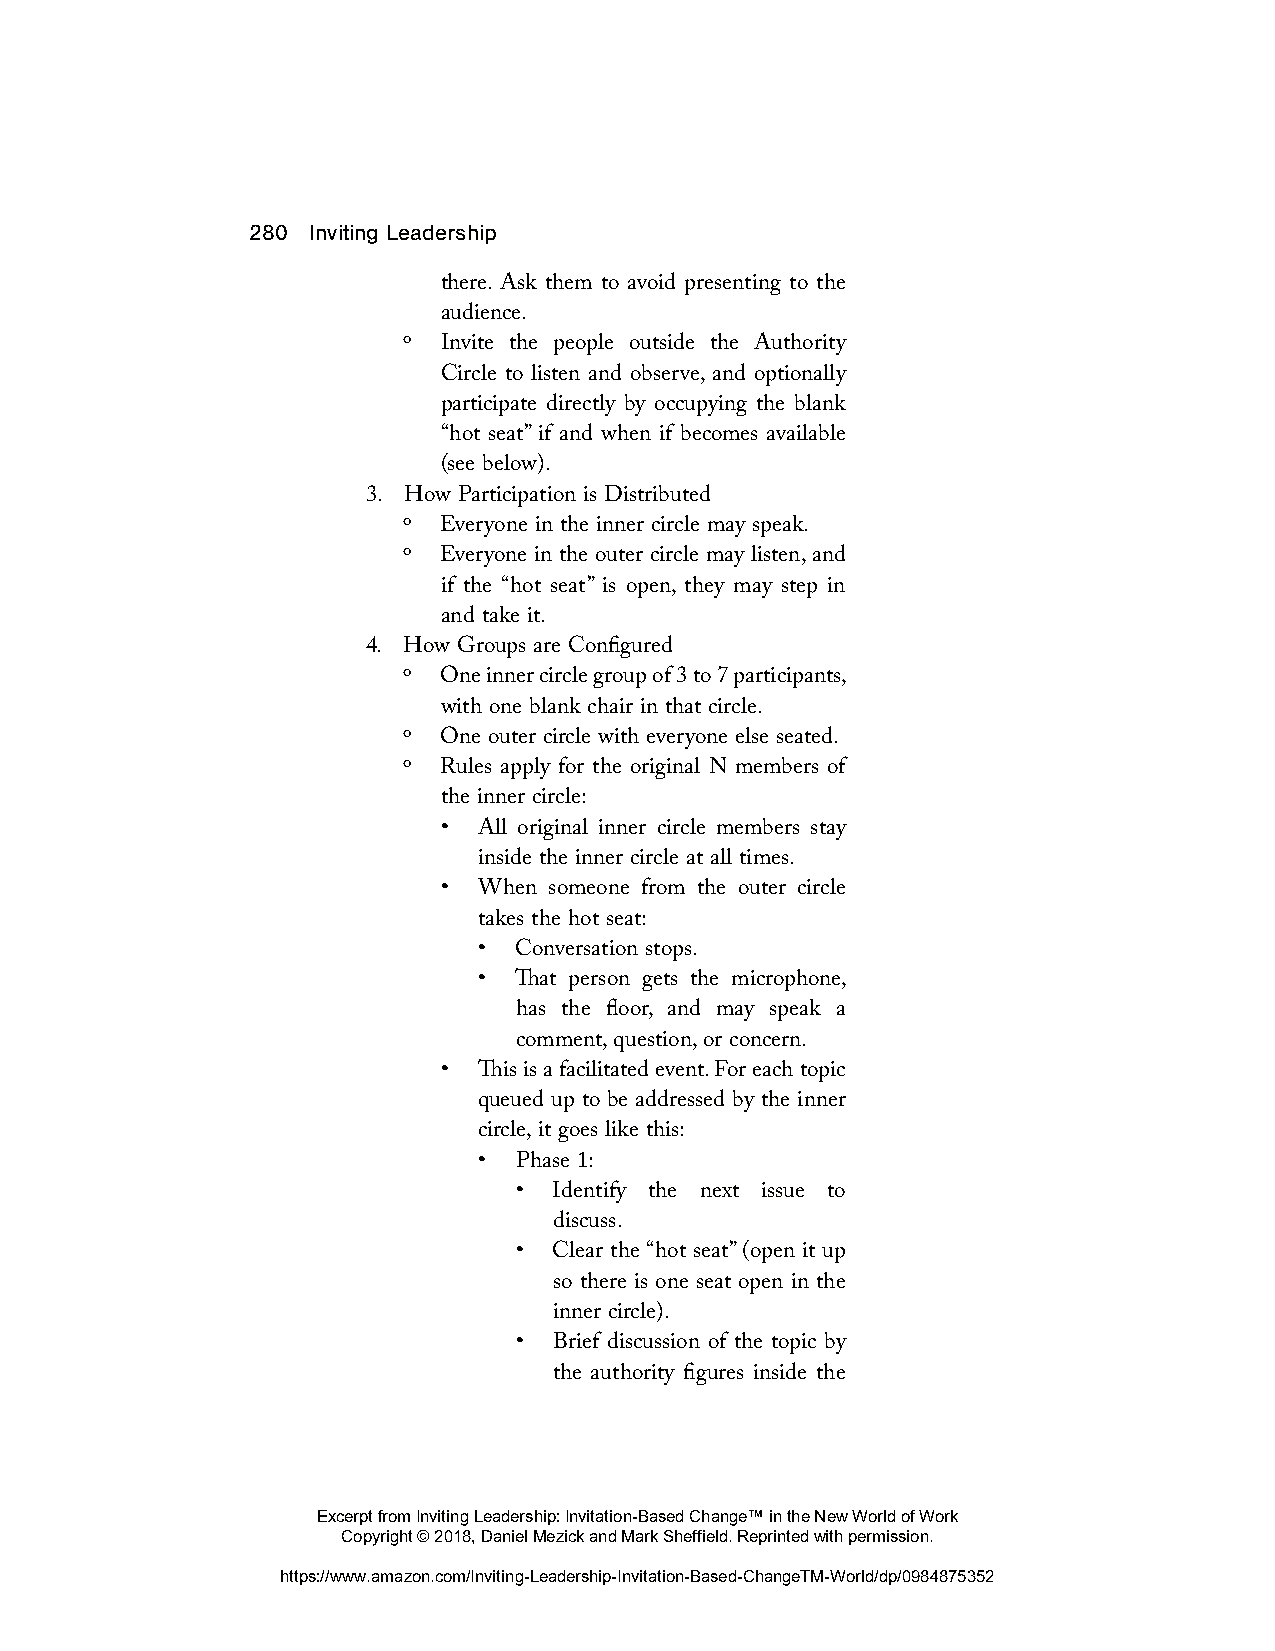
280 Inviting Leadership
 there. Ask them to avoid presenting to the
 audience.
 º Invite the people outside the Authority
 Circle to listen and observe, and optionally
 participate directly by occupying the blank
 “hot seat” if and when if becomes available
 (see below).
 3. How Participation is Distributed
 º Everyone in the inner circle may speak.
 º Everyone in the outer circle may listen, and
 if the “hot seat” is open, they may step in
 and take it.
 4. How Groups are Configured
 º One inner circle group of 3 to 7 participants,
 with one blank chair in that circle.
 º One outer circle with everyone else seated.
 º Rules apply for the original N members of
 the inner circle:
 •  All original inner circle members stay
 inside the inner circle at all times.
 •  When someone from the outer circle
 takes the hot seat:
 • Conversation stops.
 • That person gets the microphone,
 has the floor, and may speak a
 comment, question, or concern.
 •  This is a facilitated event. For each topic
 queued up to be addressed by the inner
 circle, it goes like this:
 • Phase 1:
 •  Identify the next issue to
 discuss.
 •  Clear the “hot seat” (open it up
 so there is one seat open in the
 inner circle).
 •  Brief discussion of the topic by
 the authority figures inside the
 Excerpt from Inviting Leadership: Invitation-Based Change™ in the New World of Work
 Copyright © 2018, Daniel Mezick and Mark Sheffield. Reprinted with permission.
 https://www.amazon.com/Inviting-Leadership-Invitation-Based-ChangeTM-World/dp/0984875352